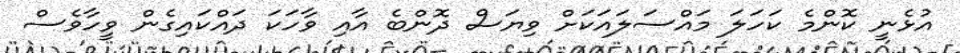
އުޅެނީ ކޮންމެ ކަހަލަ މައްސަލައަކަށް ވިޔަސް ދޮންބެ އާއި ވާހަކަ ދައްކައިގެން ވީހާވެސް